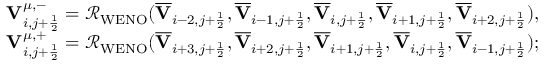
\begin{array} { r } { { \mathbf { V } } _ { i , j + \frac { 1 } { 2 } } ^ { \mu , - } = \mathcal { R } _ { \mathrm { W E N O } } ( \overline { { \mathbf { V } } } _ { i - 2 , j + \frac { 1 } { 2 } } , \overline { { \mathbf { V } } } _ { i - 1 , j + \frac { 1 } { 2 } } , \overline { { \mathbf { V } } } _ { i , j + \frac { 1 } { 2 } } , \overline { { \mathbf { V } } } _ { i + 1 , j + \frac { 1 } { 2 } } , \overline { { \mathbf { V } } } _ { i + 2 , j + \frac { 1 } { 2 } } ) , } \\ { { \mathbf { V } } _ { i , j + \frac { 1 } { 2 } } ^ { \mu , + } = \mathcal { R } _ { \mathrm { W E N O } } ( \overline { { \mathbf { V } } } _ { i + 3 , j + \frac { 1 } { 2 } } , \overline { { \mathbf { V } } } _ { i + 2 , j + \frac { 1 } { 2 } } , \overline { { \mathbf { V } } } _ { i + 1 , j + \frac { 1 } { 2 } } , \overline { { \mathbf { V } } } _ { i , j + \frac { 1 } { 2 } } , \overline { { \mathbf { V } } } _ { i - 1 , j + \frac { 1 } { 2 } } ) ; } \end{array}